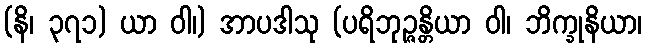
(နိ၊ ၃၇၁) ယာ ဝါ၊) အာပဒါသု (ပရိဘုဉ္ဇန္တိယာ ဝါ၊ ဘိက္ခုနိယာ၊